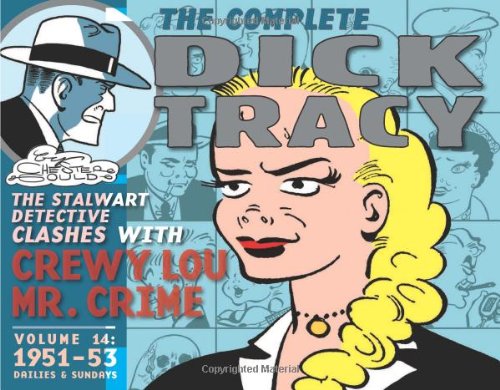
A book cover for Complete Chester Gould's Dick Tracy Volume 14; Chester Gould; Humor & Entertainment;